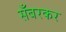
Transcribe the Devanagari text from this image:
सँबरकर